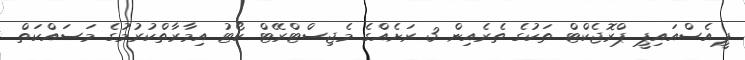
ޕީއެސްއައިޕީ ޕްރޮޖެކްޓް ތަކުގެ ތެރެއިން 3 ރަށެއްގެ މެޖިސްޓްރޭޓް ކޯޓު އިމާރާތްކުރުމުގެ މަސައްކަތް